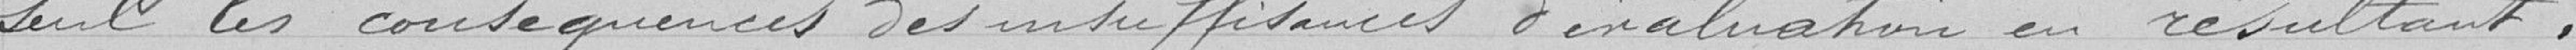
seul les conséquences des insuffisances d'évaluation en résultant.